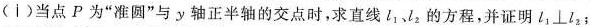
(ⅰ)当点P为”准圆”与y轴正半轴的交点时，求直线l_{1} l_{2}的方程，并证明l_{1}\perpl_{2}；